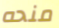
منحه